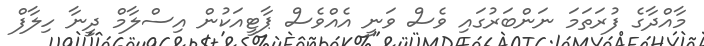
މާއްދާގެ ފުރަތަމަ ނަންބަރުގައި ވެސް ވަނީ އެއްވެސް ޕާޓީއަކުން އިސްލާމް ދީނާ ހިލާފް